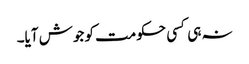
نہ ہی کسی حکومت کو جوش آیا۔